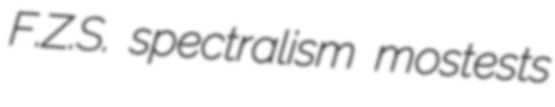
F.Z.S. spectralism mostests